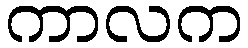
ကာလက